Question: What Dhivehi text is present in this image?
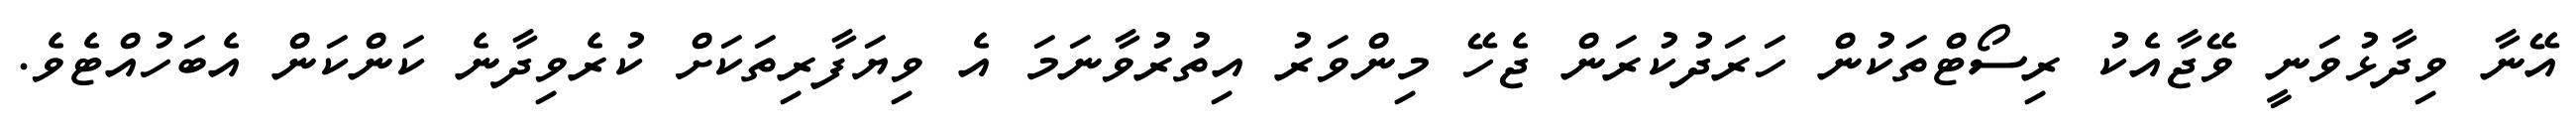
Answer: އޭނާ ވިދާޅުވަނީ ވޭޖާއެކު ރިސޯޓްތަކުން ހަރަދުކުރަން ޖެހޭ މިންވަރު އިތުރުވާނަމަ އެ ވިޔަފާރިތަކަށް ކުރެވިދާނެ ކަންކަން އެބަހުއްޓެވެ.